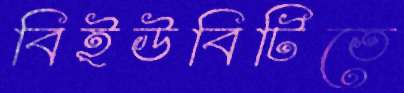
বিইউবিটিতে